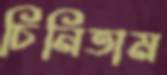
চিনিতাম